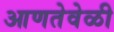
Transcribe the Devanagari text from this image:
आणतेवेळी